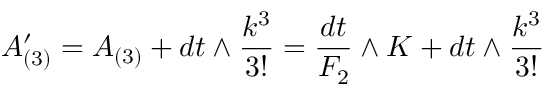
A _ { ( 3 ) } ^ { \prime } = A _ { ( 3 ) } + d t \wedge { \frac { k ^ { 3 } } { 3 ! } } = { \frac { d t } { F _ { 2 } } } \wedge K + d t \wedge { \frac { k ^ { 3 } } { 3 ! } }